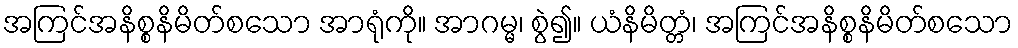
အကြင်အနိစ္စနိမိတ်စသော အာရုံကို။ အာဂမ္မ၊ စွဲ၍။ ယံနိမိတ္တံ၊ အကြင်အနိစ္စနိမိတ်စသော